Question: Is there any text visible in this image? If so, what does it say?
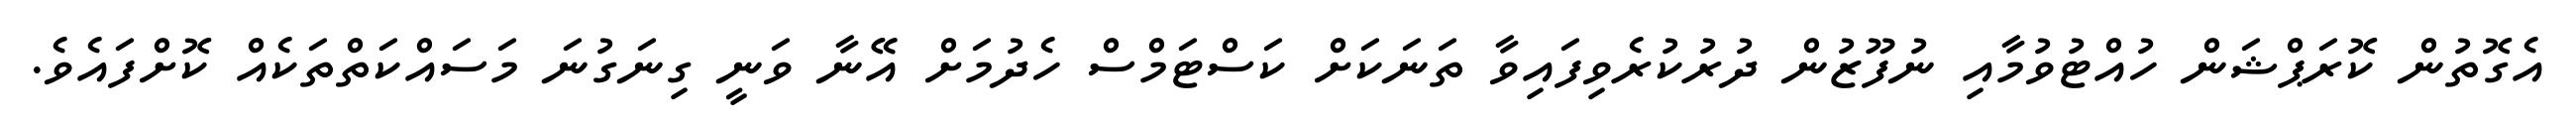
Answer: އެގޮތުން ކޮރަޕްޝަން ހުއްޓުވުމާއި ނުފޫޒުން ދުރުކުރެވިފައިވާ ތަނަކަށް ކަސްޓަމްސް ހެދުމަށް އޭނާ ވަނީ ގިނަގުނަ މަސައްކަތްތަކެއް ކޮށްފައެވެ.